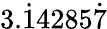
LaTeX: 3.{\dot{1}}4285{\dot{7}}